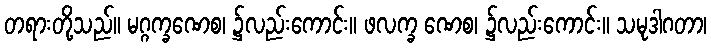
တရားတို့သည်။ မဂ္ဂက္ခဏေစ၊ ၌လည်းကောင်း။ ဖလက္ခ ဏေစ၊ ၌လည်းကောင်း။ သမုဒါဂတာ၊